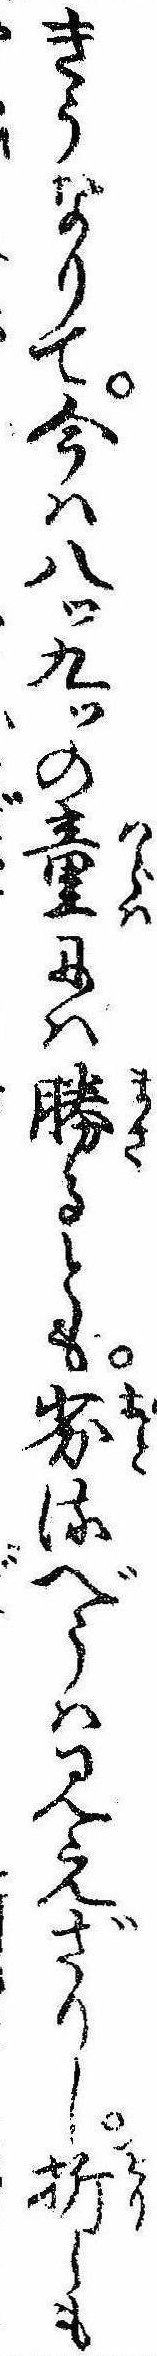
きうなりて今は八ッ九ッの童には勝るとも劣るべうは見えざりし折しも